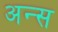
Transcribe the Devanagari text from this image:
अन्स